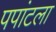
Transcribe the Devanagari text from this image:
पपांटला